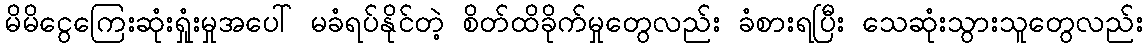
မိမိငွေကြေးဆုံးရှုံးမှုအပေါ် မခံရပ်နိုင်တဲ့ စိတ်ထိခိုက်မှုတွေလည်း ခံစားရပြီး သေဆုံးသွားသူတွေလည်း